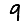
Digit: 9